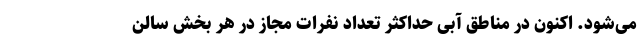
می‌شود. اکنون در مناطق آبی حداکثر تعداد نفرات مجاز در هر بخش سالن